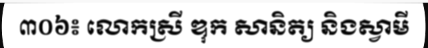
៣០៦៖ លោកស្រី ឌុក សានិត្យ និងស្វាមី